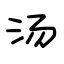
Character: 汤